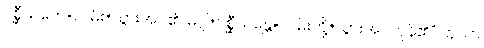
ဂစ္ဆီယတေ=လမ်း+သွားအပ်၏၊ မဂ္ဂါ+ဂစ္ဆီယန္တေ=လမ်းတို့+သွားအပ်ကုန်၏” ဟုသာ